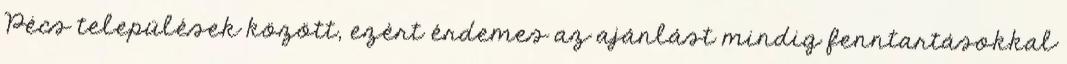
Pécs települések között, ezért érdemes az ajánlást mindig fenntartásokkal